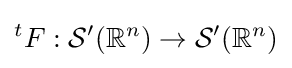
{}^{t}F:{\mathcal {S}}'(\mathbb {R} ^{n})\to {\mathcal {S}}'(\mathbb {R} ^{n})